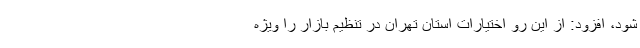
شود، افزود: از این رو اختیارات استان تهران در تنظیم بازار را ویژه